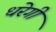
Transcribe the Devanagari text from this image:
धरेगी